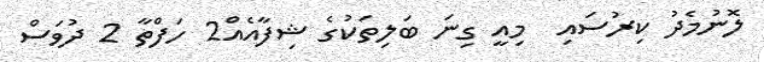
ލޮނުމެދު ކިރުސައި  މިއީ ގިނަ ބަލިތަކުގެ ޝިފާއެއް2 ހަފްތާ 2 ދުވަސް